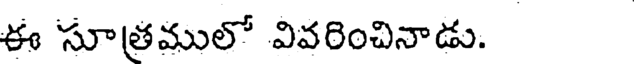
ఈ సూత్రములో వివరించినాడు.